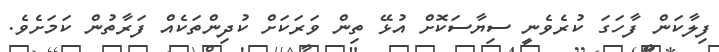
ފިލާކަން ފާހަގަ ކުރެވެނީ ސިޔާސަކޮށް އުޅޭ ތިން ވަރަކަށް ކުދިންތަކެއް ފަރާތުން ކަމަށެވެ.